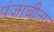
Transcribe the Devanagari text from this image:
पंजाबीताल